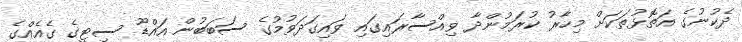
ދެކުނުގެ އަތޮޅުތަކަށް މިހާރު ކުރަމުންދާ ވިއްސާރައިގައި ވައިގަދަވުމުގެ ސަބަބުން އައްޑޫ ސިޓީގެ ގެއެއްގެ